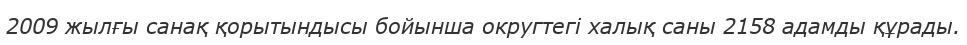
2009 жылғы санақ қорытындысы бойынша округтегі халық саны 2158 адамды құрады.